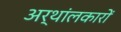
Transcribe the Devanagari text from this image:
अर्थांलकारों